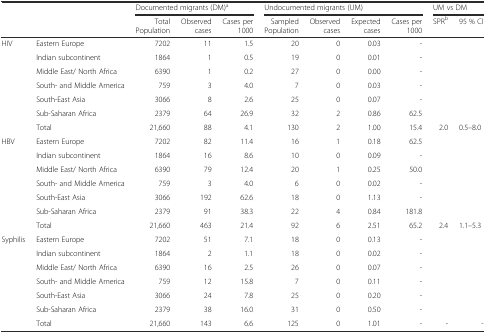
<table><thead><tr><td rowspan="2" colspan="2"></td><td colspan="3"><b>Documented migrants (DM)<sup>a</sup></b></td><td colspan="4"><b>Undocumented migrants (UM)</b></td><td colspan="2"><b>UM vs DM</b></td></tr><tr><td><b>Total Population</b></td><td><b>Observed cases</b></td><td><b>Cases per 1000</b></td><td><b>Sampled Population</b></td><td><b>Observed cases</b></td><td><b>Expected cases</b></td><td><b>Cases per 1000</b></td><td><b>SPR<sup>b</sup></b></td><td><b>95 % CI</b></td></tr></thead><tbody><tr><td rowspan="7">HIV</td><td>Eastern Europe</td><td>7202</td><td>11</td><td>1.5</td><td>20</td><td>0</td><td>0.03</td><td>-</td><td rowspan="6"></td><td rowspan="6"></td></tr><tr><td>Indian subcontinent</td><td>1864</td><td>1</td><td>0.5</td><td>19</td><td>0</td><td>0.01</td><td>-</td></tr><tr><td>Middle East/ North Africa</td><td>6390</td><td>1</td><td>0.2</td><td>27</td><td>0</td><td>0.00</td><td>-</td></tr><tr><td>South- and Middle America</td><td>759</td><td>3</td><td>4.0</td><td>7</td><td>0</td><td>0.03</td><td>-</td></tr><tr><td>South-East Asia</td><td>3066</td><td>8</td><td>2.6</td><td>25</td><td>0</td><td>0.07</td><td>-</td></tr><tr><td>Sub-Saharan Africa</td><td>2379</td><td>64</td><td>26.9</td><td>32</td><td>2</td><td>0.86</td><td>62.5</td></tr><tr><td>Total</td><td>21,660</td><td>88</td><td>4.1</td><td>130</td><td>2</td><td>1.00</td><td>15.4</td><td>2.0</td><td>0.5–8.0</td></tr><tr><td rowspan="7">HBV</td><td>Eastern Europe</td><td>7202</td><td>82</td><td>11.4</td><td>16</td><td>1</td><td>0.18</td><td>62.5</td><td rowspan="6"></td><td rowspan="6"></td></tr><tr><td>Indian subcontinent</td><td>1864</td><td>16</td><td>8.6</td><td>10</td><td>0</td><td>0.09</td><td>-</td></tr><tr><td>Middle East/ North Africa</td><td>6390</td><td>79</td><td>12.4</td><td>20</td><td>1</td><td>0.25</td><td>50.0</td></tr><tr><td>South- and Middle America</td><td>759</td><td>3</td><td>4.0</td><td>6</td><td>0</td><td>0.02</td><td>-</td></tr><tr><td>South-East Asia</td><td>3066</td><td>192</td><td>62.6</td><td>18</td><td>0</td><td>1.13</td><td>-</td></tr><tr><td>Sub-Saharan Africa</td><td>2379</td><td>91</td><td>38.3</td><td>22</td><td>4</td><td>0.84</td><td>181.8</td></tr><tr><td>Total</td><td>21,660</td><td>463</td><td>21.4</td><td>92</td><td>6</td><td>2.51</td><td>65.2</td><td>2.4</td><td>1.1–5.3</td></tr><tr><td rowspan="7">Syphilis</td><td>Eastern Europe</td><td>7202</td><td>51</td><td>7.1</td><td>18</td><td>0</td><td>0.13</td><td>-</td><td rowspan="6"></td><td rowspan="6"></td></tr><tr><td>Indian subcontinent</td><td>1864</td><td>2</td><td>1.1</td><td>18</td><td>0</td><td>0.02</td><td>-</td></tr><tr><td>Middle East/ North Africa</td><td>6390</td><td>16</td><td>2.5</td><td>26</td><td>0</td><td>0.07</td><td>-</td></tr><tr><td>South- and Middle America</td><td>759</td><td>12</td><td>15.8</td><td>7</td><td>0</td><td>0.11</td><td>-</td></tr><tr><td>South-East Asia</td><td>3066</td><td>24</td><td>7.8</td><td>25</td><td>0</td><td>0.20</td><td>-</td></tr><tr><td>Sub-Saharan Africa</td><td>2379</td><td>38</td><td>16.0</td><td>31</td><td>0</td><td>0.50</td><td>-</td></tr><tr><td>Total</td><td>21,660</td><td>143</td><td>6.6</td><td>125</td><td>0</td><td>1.01</td><td>-</td><td>-</td><td>-</td></tr></tbody></table>